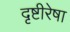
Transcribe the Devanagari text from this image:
दृष्टीरेषा